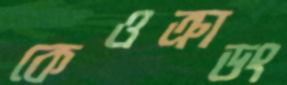
কেওক্রাডং